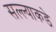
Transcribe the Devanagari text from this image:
सल्ल्याकडे